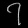
Digit: ၇